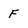
Character: F